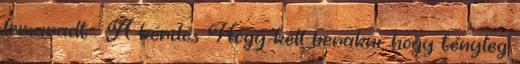
lemaradt : A kérdés Hogy kell berakni, hogy tényleg